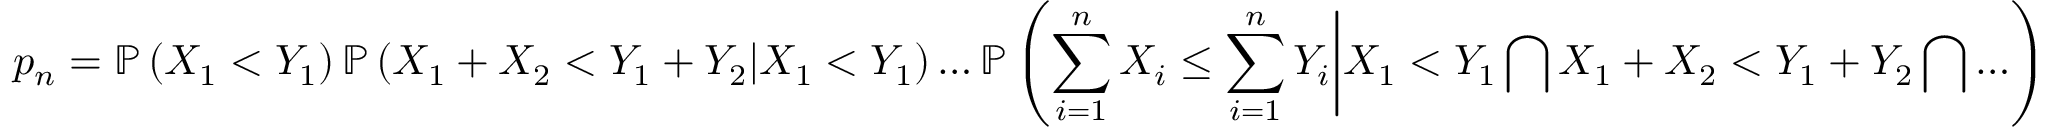
p _ { n } = \mathbb { P } \left( X _ { 1 } < Y _ { 1 } \right) \mathbb { P } \left( X _ { 1 } + X _ { 2 } < Y _ { 1 } + Y _ { 2 } | X _ { 1 } < Y _ { 1 } \right) \ldots \mathbb { P } \left( \sum _ { i = 1 } ^ { n } X _ { i } \leq \sum _ { i = 1 } ^ { n } Y _ { i } \bigg | X _ { 1 } < Y _ { 1 } \bigcap X _ { 1 } + X _ { 2 } < Y _ { 1 } + Y _ { 2 } \bigcap \ldots \right)